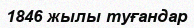
1846 жылы туғандар